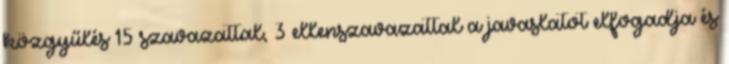
közgyűlés 15 szavazattal, 3 ellenszavazattal a javaslatot elfogadja és